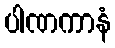
ပါဏကာနံ